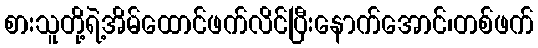
စားသူတို့ရဲ့အိမ်ထောင်ဖက်လိင်ပြီးနောက်အောင်၊တစ်ဖက်